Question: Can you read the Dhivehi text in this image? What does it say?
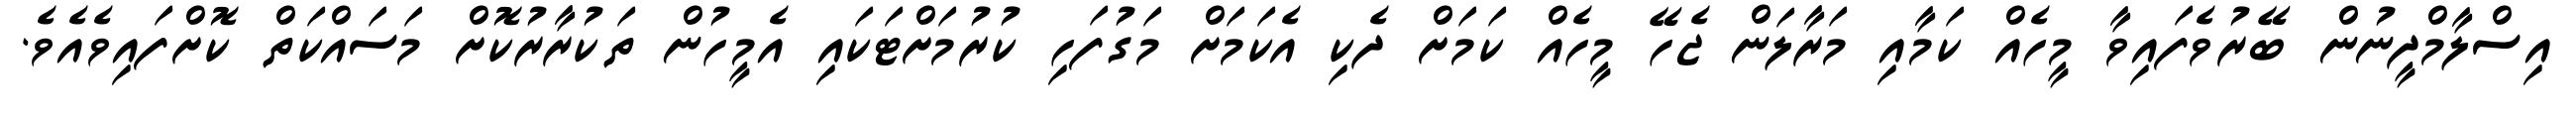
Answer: އިސްލާމްދީނުން ބޭރުވެފައިވާ މީހެއް ކަމާއި މަރާލަން ޖެހޭ މީހެއް ކަމަށް ދެކި އެކަމަށް މަގުފަހި ކުރުމަށްޓަކައި އެމީހުން ތަކުރާރުކޮށް މަސައްކަތް ކޮށްފައިވެއެވެ.